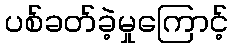
ပစ်ခတ်ခဲ့မှုကြောင့်